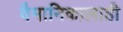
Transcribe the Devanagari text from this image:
वैमानिकालाही